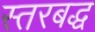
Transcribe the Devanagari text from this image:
स्तरबद्ध